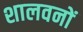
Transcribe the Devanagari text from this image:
शालवनों